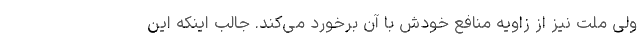
ولی ملت نیز از زاویه منافع خودش با آن برخورد می‌کند. جالب اینکه این